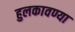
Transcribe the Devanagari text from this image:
हुलकावण्या